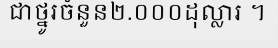
ជាថ្នូរចំនួន២.០០០ដុល្លារ ។